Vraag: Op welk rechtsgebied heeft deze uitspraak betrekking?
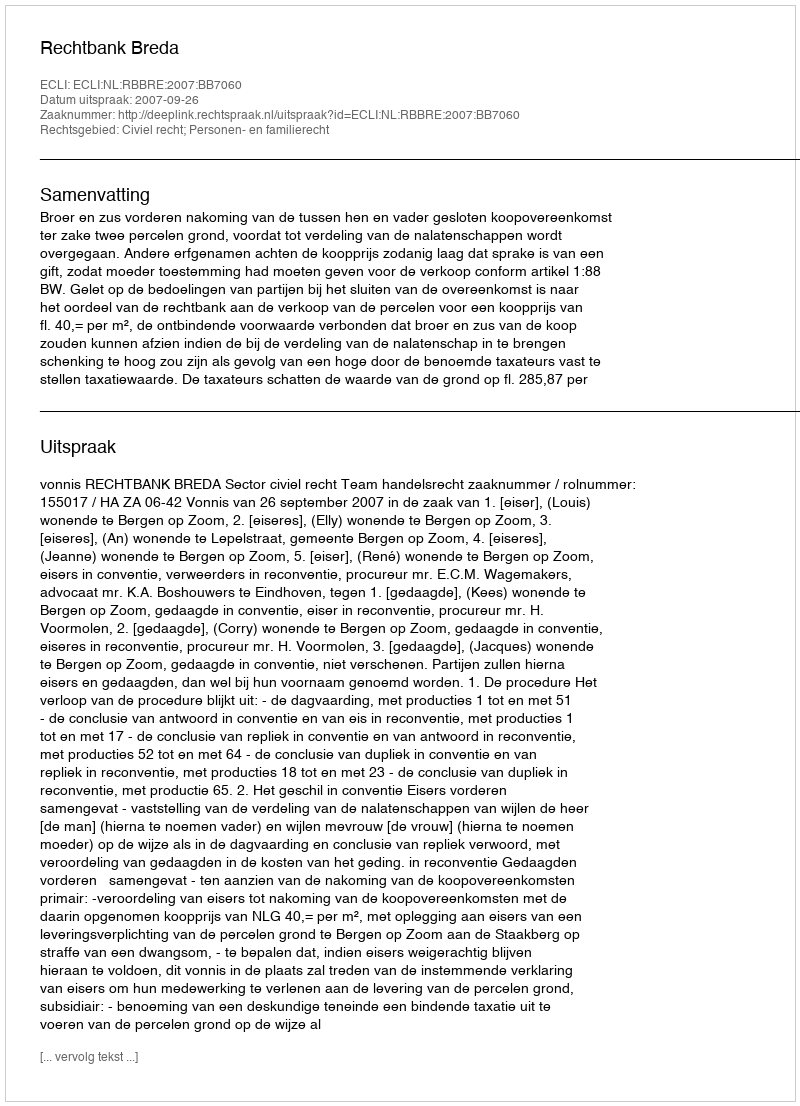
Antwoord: Civiel recht; Personen- en familierecht